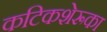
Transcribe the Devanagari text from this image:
कटिकशेरूका